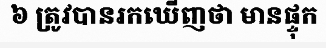
៦ ត្រូវបានរកឃើញថា មានផ្ទុក